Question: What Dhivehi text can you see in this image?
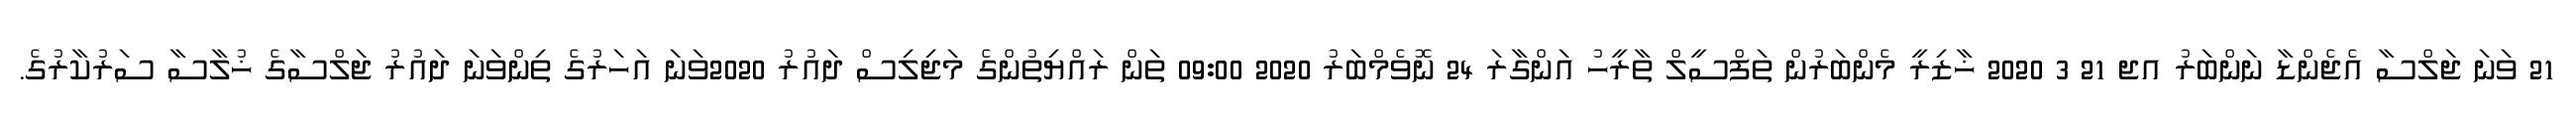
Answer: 21 ވަނަ ޖަލްސާ އެޖެންޑާ ނަންބަރު އޖ 21 3 2020 ޚާޒިރީ މެންބަރުން ތަފްސީލް ތާރީހު އަންގާރަ 24 ނޮވެމްބަރު 2020 09:00 ތަން ރައްޔިތުންގެ މަޖިލިސް ދައުރު 2020ވަނަ އަހަރުގެ ތިންވަނަ ދައުރު ޖަލްސާގެ ޚުލާސާ ސަރުކާރުގެ.